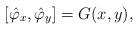
LaTeX: \begin{align*}\left [ \hat \varphi _x , \hat \varphi _y \right ] = G(x,y),\end{align*}